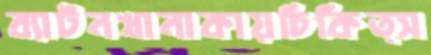
ব্যাটনখানাকায়চিকিত্স